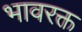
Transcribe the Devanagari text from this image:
भावरक्त